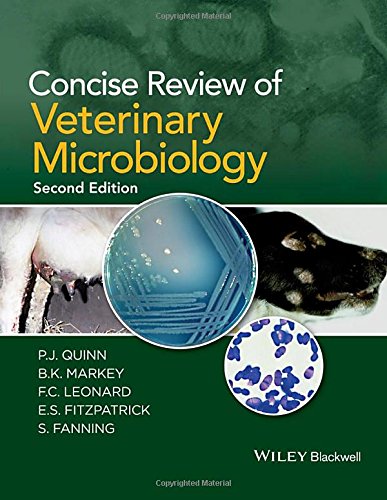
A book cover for Concise Review of Veterinary Microbiology; P. J. Quinn; Medical Books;